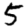
Digit: 5